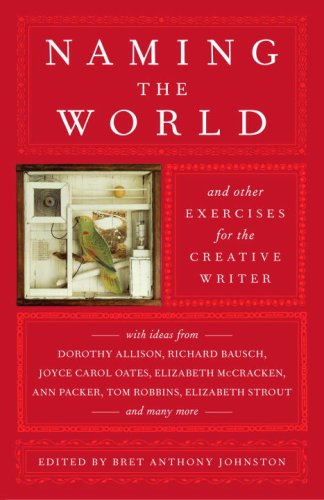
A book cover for Naming the World: And Other Exercises for the Creative Writer; Reference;